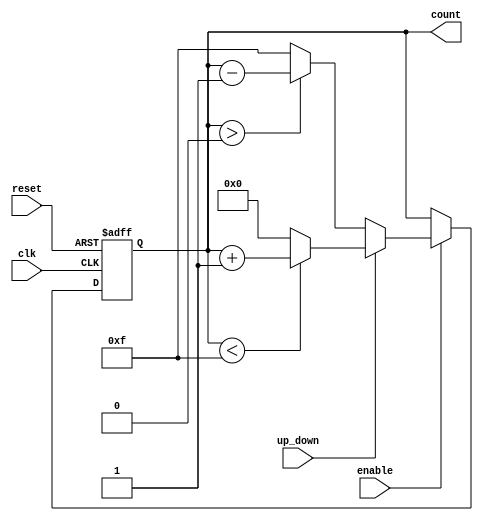
module Up_Down_Counter (
    input wire clk,        // Clock signal
    input wire reset,      // Asynchronous reset
    input wire up_down,    // Control signal for counting direction
    input wire enable,     // Enable signal for counting
    output reg [3:0] count // 4-bit counter output
);

    // Initial value of the counter
    initial begin
        count = 4'b0000; // Set initial value to zero
    end

    // Asynchronous reset and counting logic
    always @(posedge clk or posedge reset) begin
        if (reset) begin
            count <= 4'b0000; // Reset counter to zero
        end else if (enable) begin
            if (up_down) begin
                // Count up
                if (count < 4'b1111) // Check for overflow
                    count <= count + 1'b1;
                else
                    count <= 4'b0000; // Wrap around to zero
            end else begin
                // Count down
                if (count > 4'b0000) // Check for underflow
                    count <= count - 1'b1;
                else
                    count <= 4'b1111; // Wrap around to max value
            end
        end
    end

endmodule